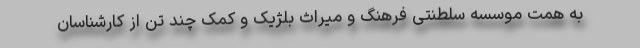
به همت موسسه سلطنتی فرهنگ و میراث بلژیک و کمک چند تن از کارشناسان